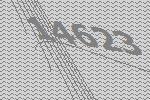
14623